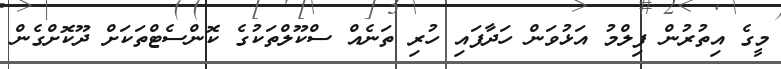
މީގެ އިތުރުން ފިލްމު އަޅުވަން ހަދާފައި ހުރި ތަނެއް ސްކޫލްތަކުގެ ކޮންސެޓްތަކަށް ދޫކޮށްގެން